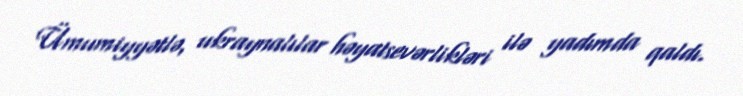
Ümumiyyətlə, ukraynalılar həyatsevərlikləri ilə yadımda qaldı.